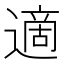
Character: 適